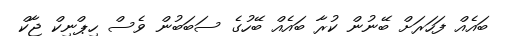
ބައެއް ފަހަރަށް ބޭނުން ކުރާ ބައެއް ބޭހުގެ ސަބަބުން ވެސް ހިޕްނިކް ޖާކް